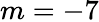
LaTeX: m=-7